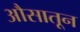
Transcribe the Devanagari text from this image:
औसातून